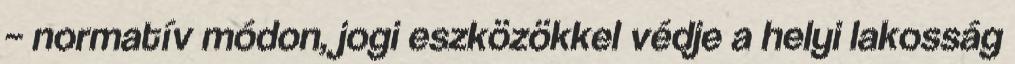
– normatív módon, jogi eszközökkel védje a helyi lakosság